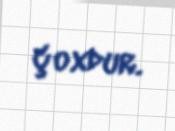
çoxdur.